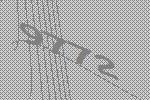
9772